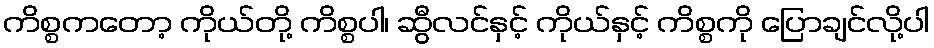
ကိစ္စကတော့ ကိုယ်တို့ ကိစ္စပါ၊ ဆွီလင်နှင့် ကိုယ်နှင့် ကိစ္စကို ပြောချင်လို့ပါ